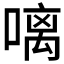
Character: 𠻗